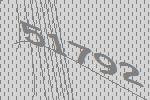
51792